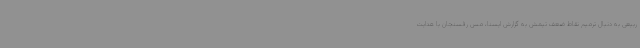
ربیعی به دنبال ترمیم نقاط ضعف تیمش به گزارش ایسنا، مس رفسنجان با هدایت